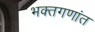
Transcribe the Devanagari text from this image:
भक्तगणांत